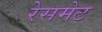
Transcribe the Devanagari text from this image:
रेसमेट